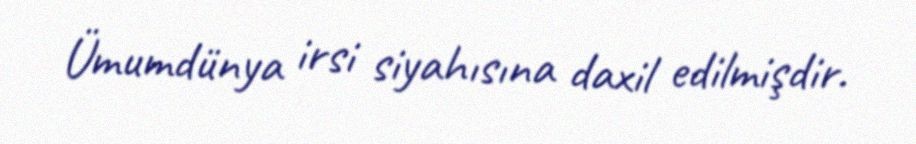
Ümumdünya irsi siyahısına daxil edilmişdir.